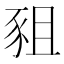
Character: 豠